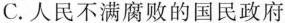
C.人民不满腐败的国民政府